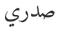
صدري